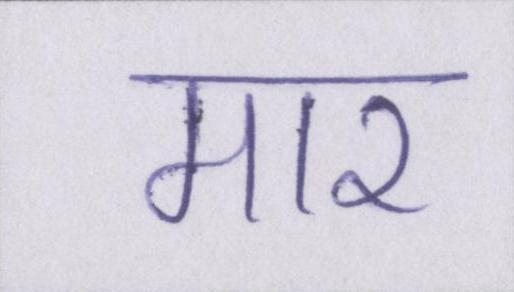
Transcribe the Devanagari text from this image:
मार